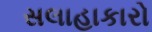
સલાહાકારો